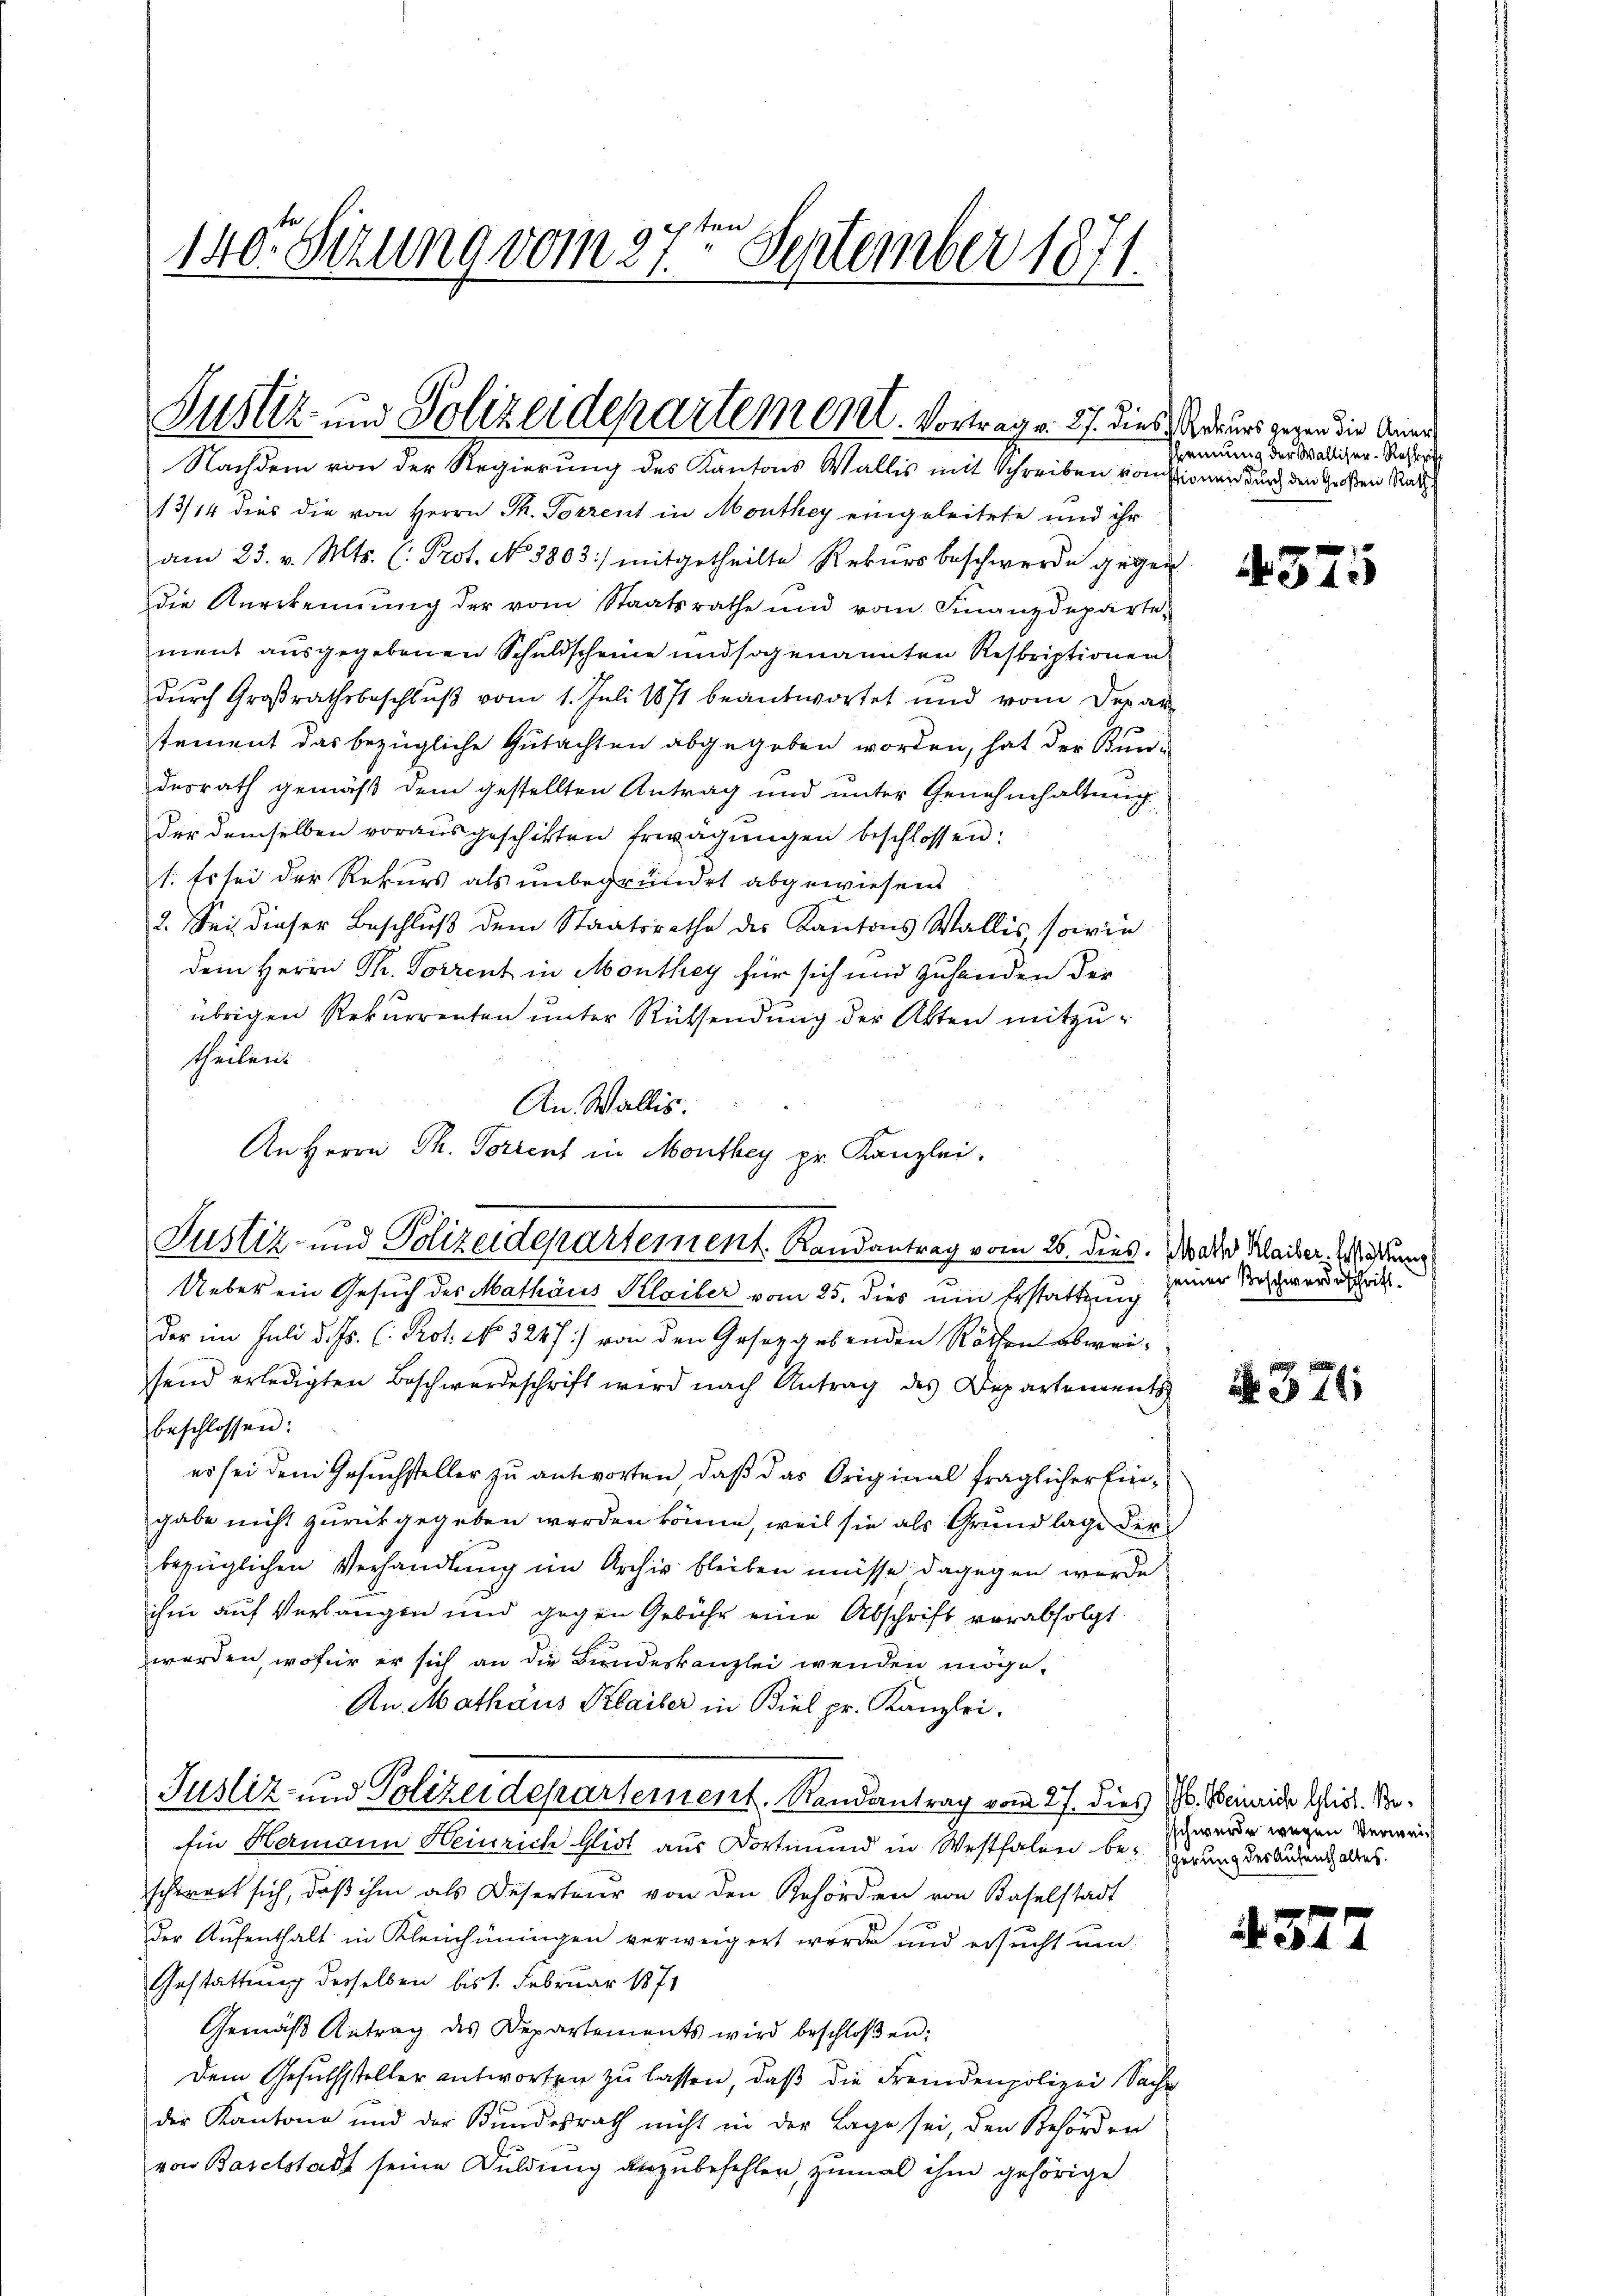
140. Setzung vom 27ten September 1871.

Justiz- und Polizeideparteme. Vortrage. 27. dies Naturs gegen die Aner¬
Nachdem von der Regierung des Kantons Wallis mit Schreiben von stionen durch den Großen Rath

13/14 dies die von Herrn Th. Torrent in Monthey eingeleitete und ihr
am 23. v. Mts. (: Prot. No 8803) mitgetheilte Rekursbeschwerde gegen
die Anerkennung der vom Staatsrathe und vom Finanzdeparte
ment ausgegebenen Schuldscheine und sogenannten Reskriptionen
dŭrch Großrathsbeschlŭβ vom 1. Juli 1871 beantwortet und vom Depar
tement das bezügliche Gutachten abgegeben worden, hat der Bundesrath gemäß dem gestellten Antrag und unter Genehmhaltung
der demselben vorausgeschikten Erwägungen beschlossen:
1. Es sei der Rekurs als unbegründet abgewiesens
2. Sei dieser Beschluß dem Staatsrathe des Kantons Wallis, sowie
dem Herrn Ph. Vorrent in Monthey für sich und zuhanden der
übrigen Rekurrenten unter Rücksendung der Akten mitzutheilen.
An Wallis.
An Herrn Th. Torrent in Monthey pr. Kanzlei.
Ueber ein Gesuch des Mathäus Kloiber vom 25. dies um Erstattung
der im Juli d. Js. C. Prot. No 3247) von den Gesetzgebenden Räthen abweisend erledigten Beschwerdeschrift wird nach Antrag des Departements
beschlossen:
es sei dem Gesuchsteller zu antworten, daß das Original fraglicher Eingabe nicht zurückgegeben werden könne, weil sie als Grundlage der
bezüglichen Verhandlung im Archiv bleiben müsse dagegen wurde
ihm auf Verlangen und gegen Gebühr eine Abschrift verabfolgt
werden, wofür er sich an die Bundeskanzlei wenden möge.
An Mathaus Klaiser in Biel pr. Kanzlei.
Justiz- und Polizeidepartement. Randantrag vom 27. dies J. Weinrida Glid. So¬
Ein Hermann Heinrich Glidt aus Dortmund in Westfalen be- herung der Budent alles.
schwert sich, daß ihm als Deserteur von den Gehörden von Baselstadt
der Aufenthalt in Kleinhiningen verweigert werde und ersucht um
Gestattung desselben bis 1. Februar 1871
Gemäβ Antrag des Departements wird beschloßen:
Dem Gesuchsteller antworten zu lassen, daß die Fremdenpolizei Sache
der Kantone und der Bundesrath nicht in der Lage sei, den Behörder
von Baselstadt seine Duldung vorzubefehlen, zumal ihm gehörige

Justiz- und Polizeidepartement. Landantrag vom 26. dies. Water Klaiser, Wittung

Trennung der Walliser-Restricht

437.

seiner Beschwerdeschrift.

N 376

schwerde wegen Verweis

4327